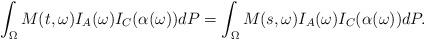
LaTeX: \begin{align*}\int_{\Omega}M(t,\omega)I_{A}(\omega)I_C(\alpha(\omega))dP=\int_{\Omega}M(s,\omega)I_{A}(\omega)I_C(\alpha(\omega))dP.\end{align*}